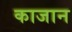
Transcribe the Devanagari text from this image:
काजान